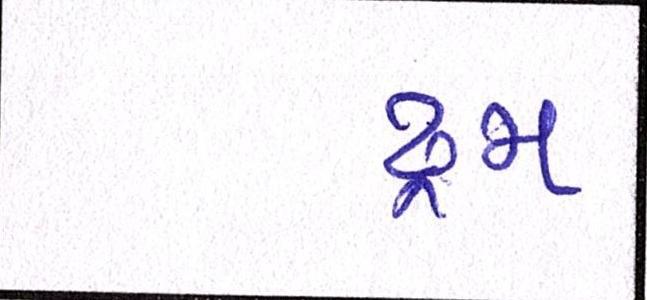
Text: ડ્રમ